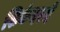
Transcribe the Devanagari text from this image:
शिकंदरने